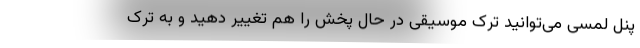
پنل لمسی می‌توانید ترک موسیقی در حال پخش را هم تغییر دهید و به ترک